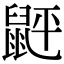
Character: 䶄